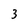
Character: 3